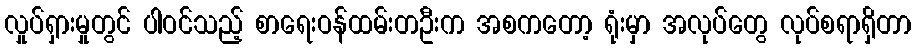
လှုပ်ရှားမှုတွင် ပါဝင်သည့် စာရေးဝန်ထမ်းတဦးက အစကတော့ ရုံးမှာ အလုပ်တွေ လုပ်စရာရှိတာ